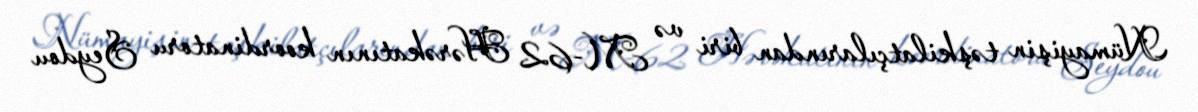
Nümayişin təşkilatçılarından biri və M-62 Hərəkatının koordinatoru Seydou